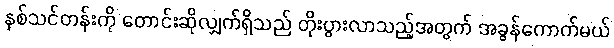
နှစ်သင်တန်းကို တောင်းဆိုလျှက်ရှိသည် တိုးပွားလာသည့်အတွက် အခွန်ကောက်မယ်